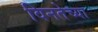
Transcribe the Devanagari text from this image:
विनतेच्या